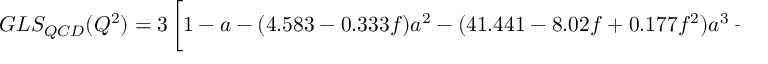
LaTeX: G L S _ { Q C D } ( Q ^ { 2 } ) = 3 \left[ 1 - a - ( 4 . 5 8 3 - 0 . 3 3 3 f ) a ^ { 2 } - ( 4 1 . 4 4 1 - 8 . 0 2 f + 0 . 1 7 7 f ^ { 2 } ) a ^ { 3 } - \frac { 8 } { 2 7 } \frac { \langle \langle O \rangle \rangle } { Q ^ { 2 } } \right]